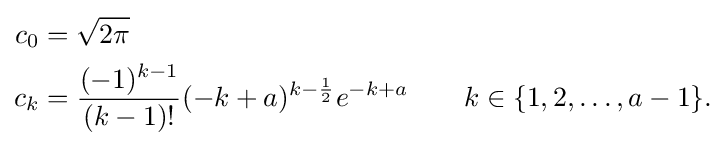
{\begin{aligned}c_{0}&={\sqrt {2\pi }}\\c_{k}&={\frac {(-1)^{k-1}}{(k-1)!}}(-k+a)^{k-{\frac {1}{2}}}e^{-k+a}\qquad k\in \{1,2,\dots ,a-1\}.\end{aligned}}